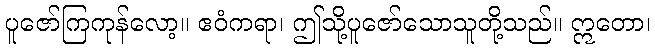
ပူဇော်ကြကုန်လော့။ ဧဝံကရာ၊ ဤသို့ပူဇော်သောသူတို့သည်။ ဣတော၊